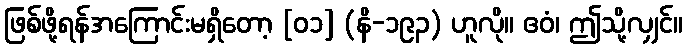
ဖြစ်ဖို့ရန်အကြောင်းမရှိတော့ [၀၁] (နိ-၁၉၃) ဟူလို။ ဧဝံ၊ ဤသို့လျှင်။